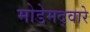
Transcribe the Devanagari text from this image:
मोडेमद्वारे